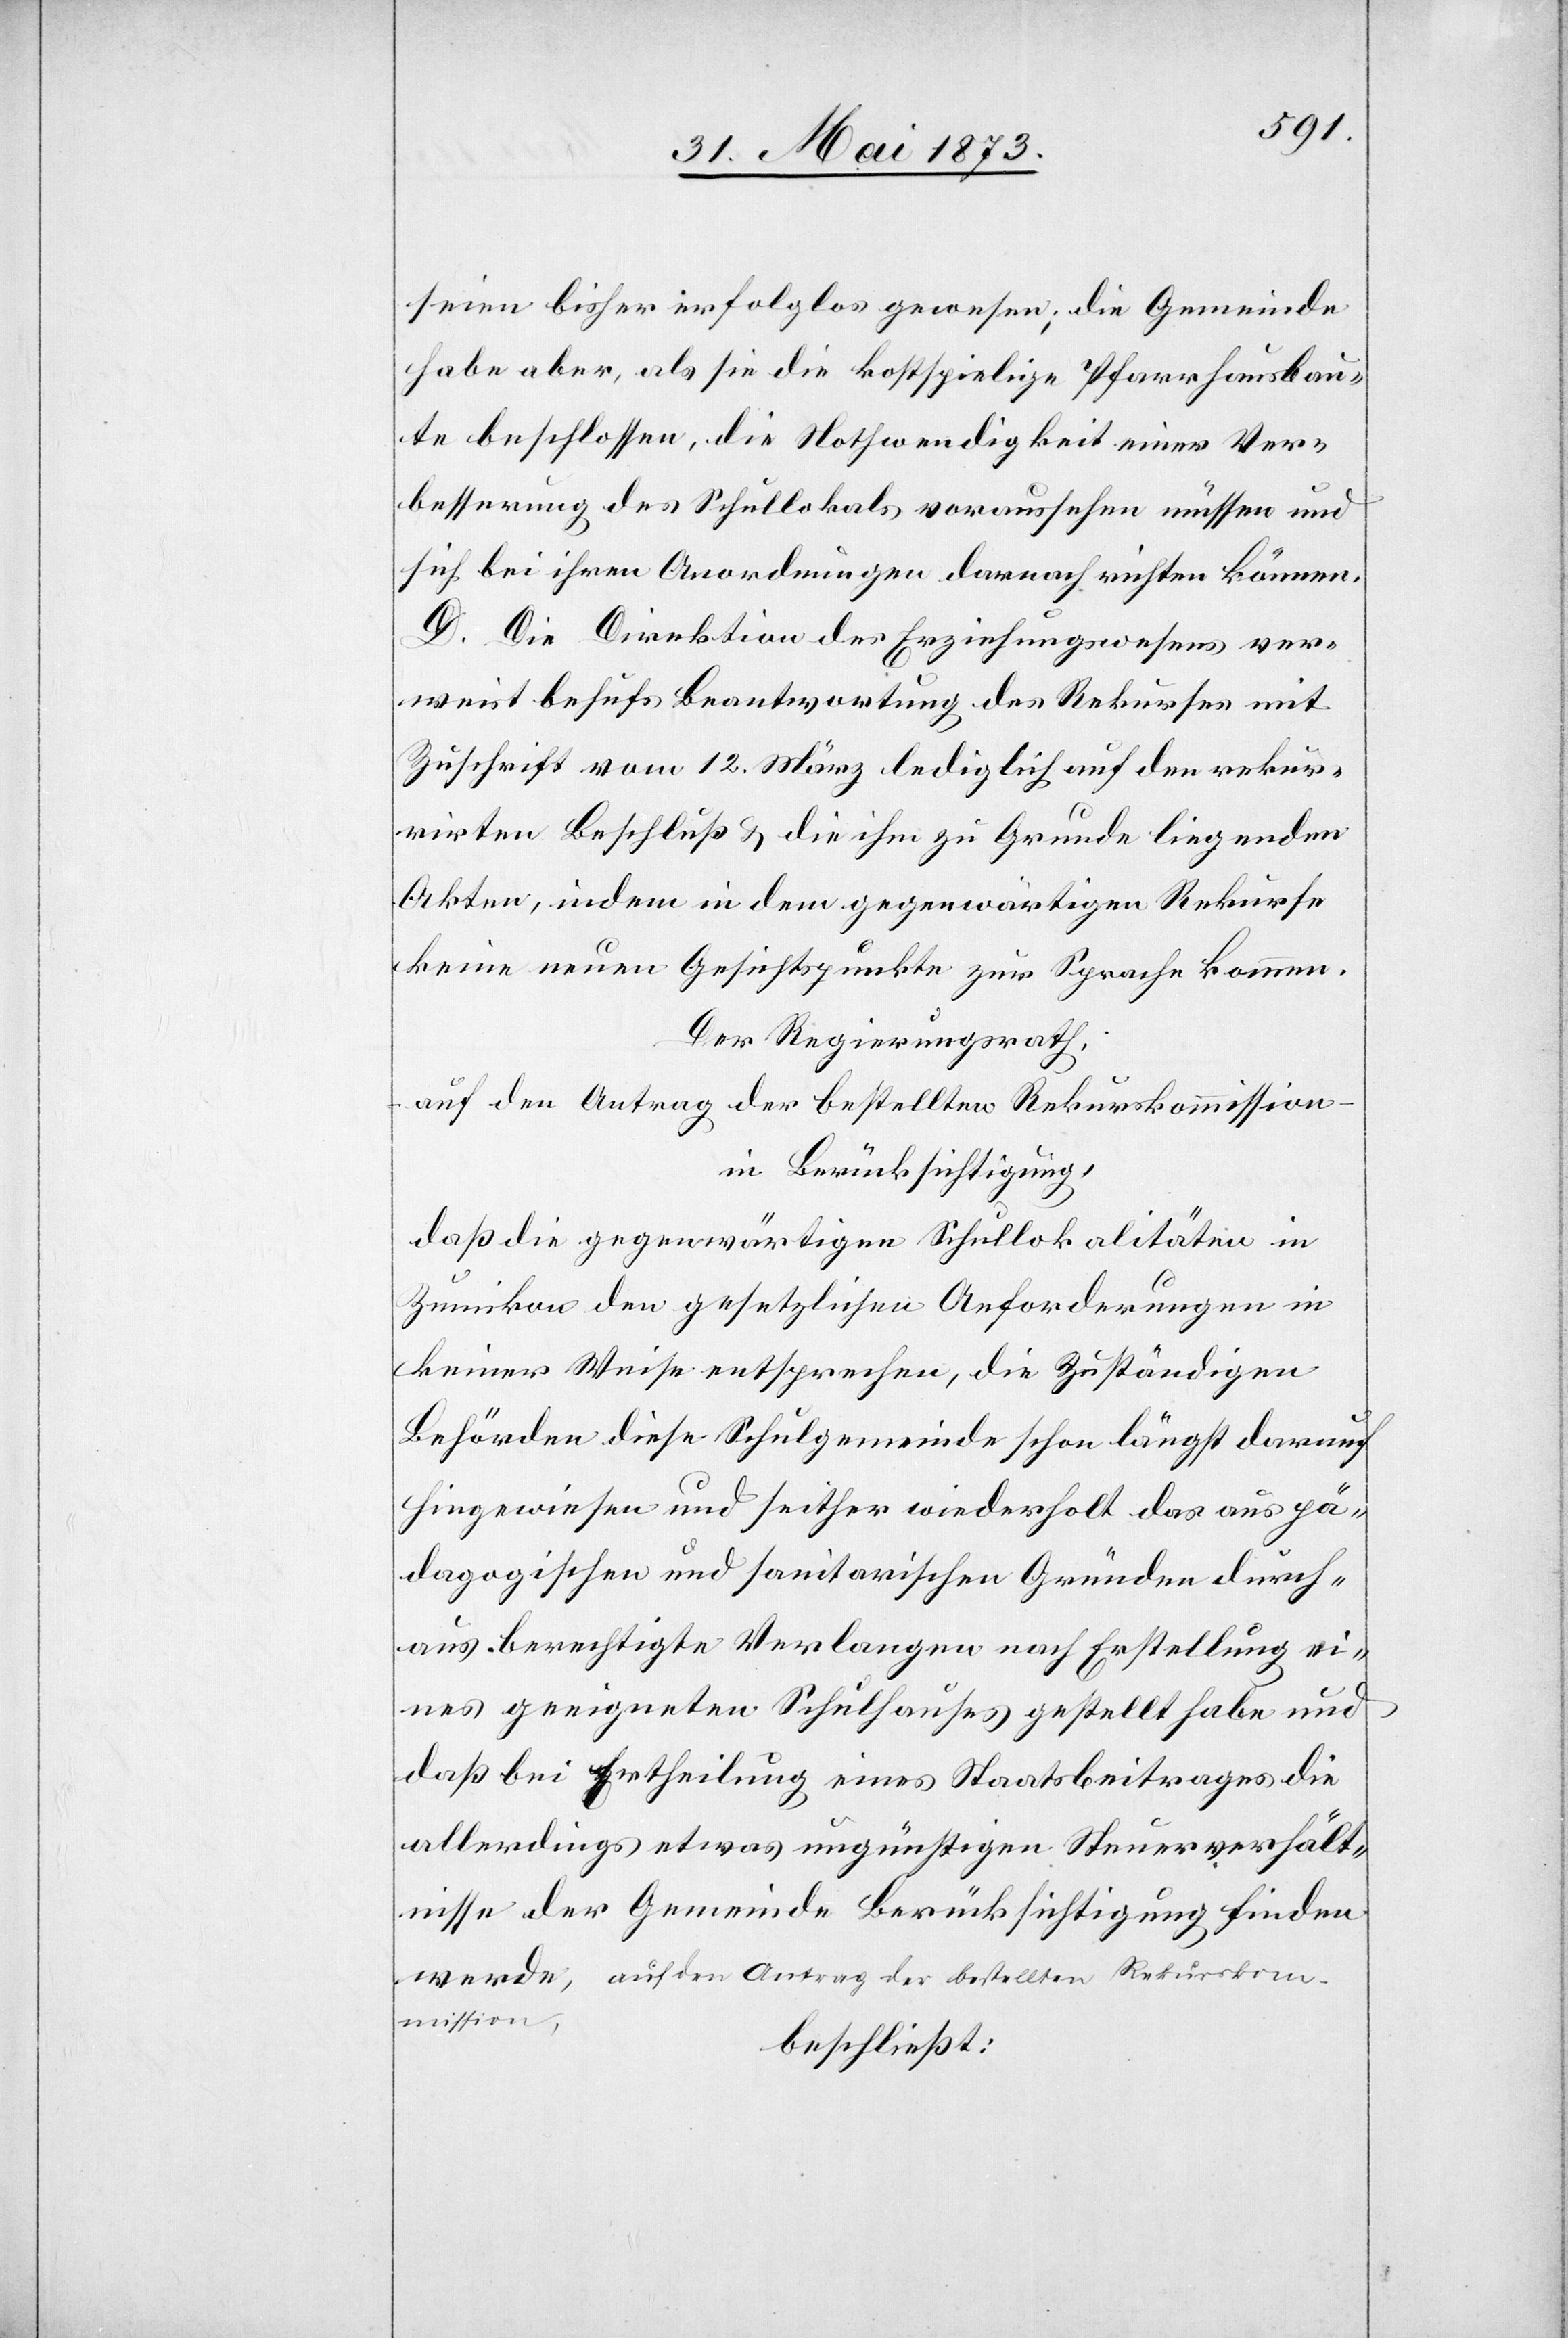
seien bisher erfolglos gewesen; die Gemeinde
habe aber, als sie die kostspielige Pfarrhausbau¬
te beschlossen, die Nothwendigkeit einer Ver¬
besserung des Schullokals voraussehen müssen und
sich bei ihren Anordnungen darnach richten können.
D. Die Direktion des Erziehungswesens ver¬
weist behufs Beantwortung des Rekurses mit
Zuschrift vom 12. März lediglich auf den rekur¬
rirten Beschluß & die ihm zu Grunde liegenden
Akten, indem in dem gegenwärtigen Rekurse
keine neuen Gesichtspunkte zur Sprache kommen.
Der Regierungsrath,
auf den Antrag der bestellten Rekurskommission
in Berücksichtigung,
daß die gegenwärtigen Schullokalitäten in
Zumikon den gesetzlichen Anforderungen in
keiner Weise entsprechen, die zuständigen
Behörden diese Schulgemeinde schon längst darauf
hingewiesen und seither wiederholt das aus pä¬
dagogischen und sanitarischen Gründen durch¬
aus berechtigte Verlangen nach Erstellung ei¬
nes geeigneten Schulhauses gestellt habe und
daß bei Ertheilung eines Staatsbeitrages die
allerdings etwas ungünstigen Steuerverhält¬
nisse der Gemeinde Berücksichtigung finden
werde, auf den Antrag der bestellten Rekurskom¬
mission,
beschließt: